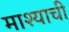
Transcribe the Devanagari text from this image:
माश्याची